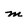
Character: m